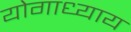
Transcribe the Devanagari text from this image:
योगाध्याय